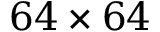
6 4 \times 6 4